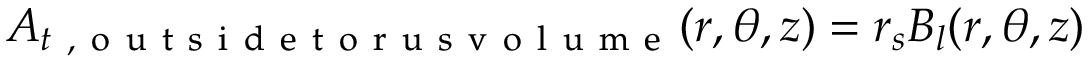
\boldsymbol { A _ { t \mathrm { ~ , ~ o ~ u ~ t ~ s ~ i ~ d ~ e ~ t ~ o ~ r ~ u ~ s ~ v ~ o ~ l ~ u ~ m ~ e ~ } } } ( r , \theta , z ) = r _ { s } \boldsymbol { B _ { l } } ( r , \theta , z )